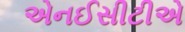
એનઈસીટીએ